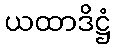
ယထာဒိဋ္ဌံ